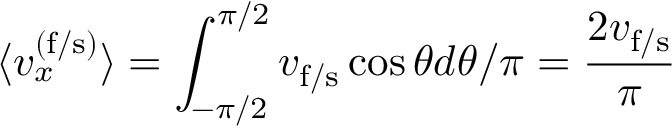
\langle v _ { x } ^ { ( \mathrm { f / s ) } } \rangle = \int _ { - \pi / 2 } ^ { \pi / 2 } v _ { \mathrm { f / s } } \cos \theta d \theta / \pi = \frac { 2 v _ { \mathrm { f / s } } } { \pi }